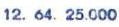
12. 64. 25.000